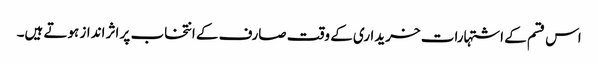
اس قسم کے اشتہارات خریداری کے وقت صارف کے انتخاب پر اثر انداز ہوتے ہیں۔